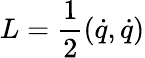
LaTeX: L=\frac{1}{2}(\dot{q},\dot{q})